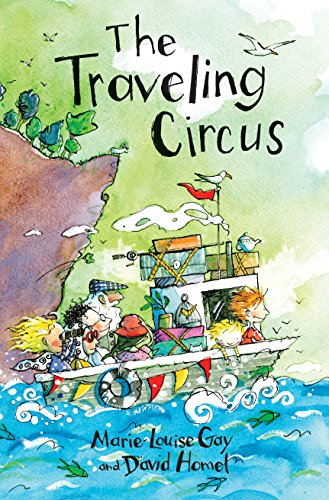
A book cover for The Traveling Circus; Marie-Louise Gay; Travel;